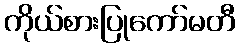
ကိုယ်စားပြုကော်မတီ